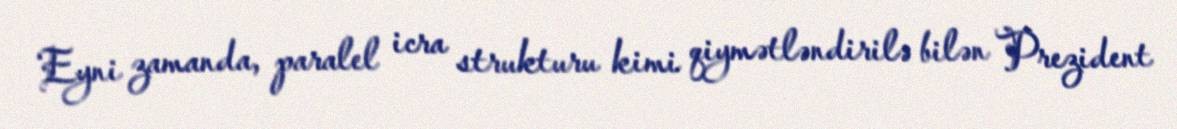
Eyni zamanda, paralel icra strukturu kimi qiymətləndirilə bilən Prezident